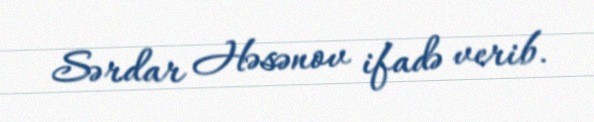
Sərdar Həsənov ifadə verib.